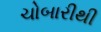
ચોબારીથી